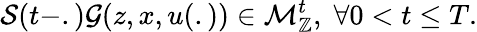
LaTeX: \mathcal{S}(t-.)\mathcal{G}(z,x,u(.))\in\mathcal{M}_{\mathbb{Z}}^{t},\; \forall 0<t\leq T.